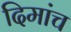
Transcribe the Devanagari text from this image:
दिमांच